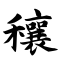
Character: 穰